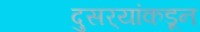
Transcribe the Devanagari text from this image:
दुसर्‍यांकडून